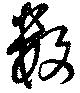
數